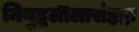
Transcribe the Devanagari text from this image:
नियुद्धलीलासंहृष्टः